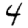
Digit: 4